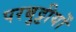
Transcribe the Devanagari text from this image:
परबुट्टीयों